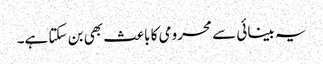
یہ بینائی سے محرومی کا باعث بھی بن سکتا ہے۔